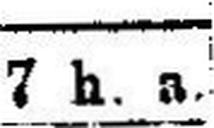
7 h. a.